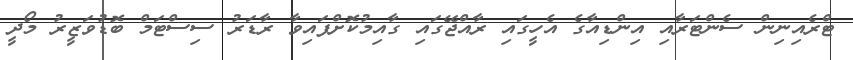
ޓްރެއިނިން ސެންޓަރާއި އިންޑިއާގެ އެހީގައި ރާއްޖޭގައި ގާއިމުކޮށްފައިވާ ރާޑަރު ސިސްޓަމް ބޮޑުވަޒީރު މޯދީ